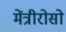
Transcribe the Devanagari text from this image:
मेंत्रीरोसो